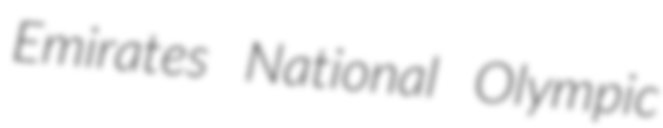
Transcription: Emirates National Olympic